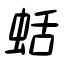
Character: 蛞